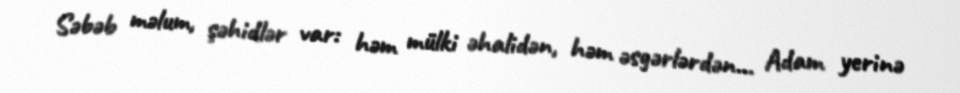
Səbəb məlum, şəhidlər var: həm mülki əhalidən, həm əsgərlərdən… Adam yerinə